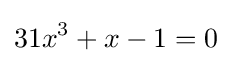
31x^{3}+x-1=0